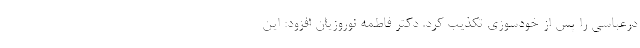
درعباسی را پس از خودسوزی تکذیب کرد. دکتر فاطمه نوروزیان افزود: این